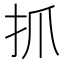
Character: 抓